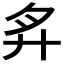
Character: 𢌳